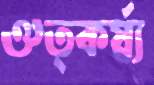
ঔত্কর্ষ্য